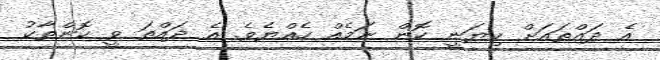
އެ ދައްތައަށް ކިޔަނީ ކޮން ނަމެއް ހެއްޔެވެ. އެ ދައްތަ ވީ ކޮންތާކު